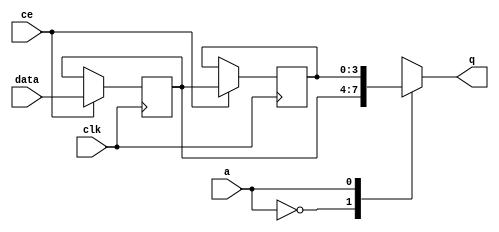
module td_fused_top_fifo_w4_d2_S_x_shiftReg (
    clk,
    data,
    ce,
    a,
    q);

parameter DATA_WIDTH = 32'd4;
parameter ADDR_WIDTH = 32'd1;
parameter DEPTH = 2'd2;

input clk;
input [DATA_WIDTH-1:0] data;
input ce;
input [ADDR_WIDTH-1:0] a;
output [DATA_WIDTH-1:0] q;

reg [DATA_WIDTH-1:0] sr_0, sr_1;

integer i;

always @ (posedge clk)
    begin
        if (ce)
        begin
            sr_1 <= sr_0;
            sr_0 <= data;
        end
    end

always @(sr_0, sr_1, a) begin
   case (a)
      1'b0: q = sr_0;
      1'b1: q = sr_1;
      default: q = sr_1;
   endcase
end

endmodule